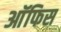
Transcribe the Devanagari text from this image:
आॅफिस